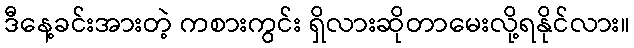
ဒီနေ့ခင်းအားတဲ့ ကစားကွင်း ရှိလားဆိုတာမေးလို့ရနိုင်လား။